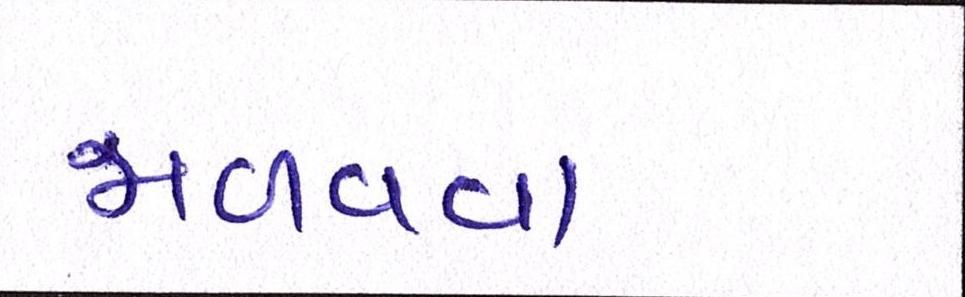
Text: જાળવવા